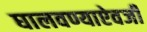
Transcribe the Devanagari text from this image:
घालवण्याऐवजी